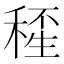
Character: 𥠍